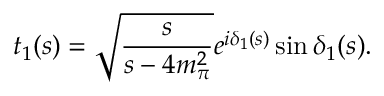
t _ { 1 } ( s ) = \sqrt { \frac { s } { s - 4 m _ { \pi } ^ { 2 } } } e ^ { i \delta _ { 1 } ( s ) } \sin \delta _ { 1 } ( s ) .